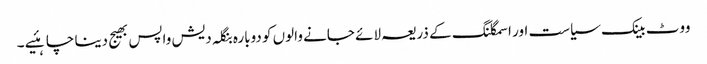
ووٹ بینک سیاست اور اسمگلنگ کے ذریعہ لائے جانے والوں کو دوبارہ بنگلہ دیش واپس بھیج دینا چاہئیے ۔